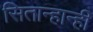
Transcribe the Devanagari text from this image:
सितान्हान्ही